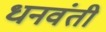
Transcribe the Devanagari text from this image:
धनवंती